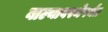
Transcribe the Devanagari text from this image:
बाल्यावस्थेपर्यंत